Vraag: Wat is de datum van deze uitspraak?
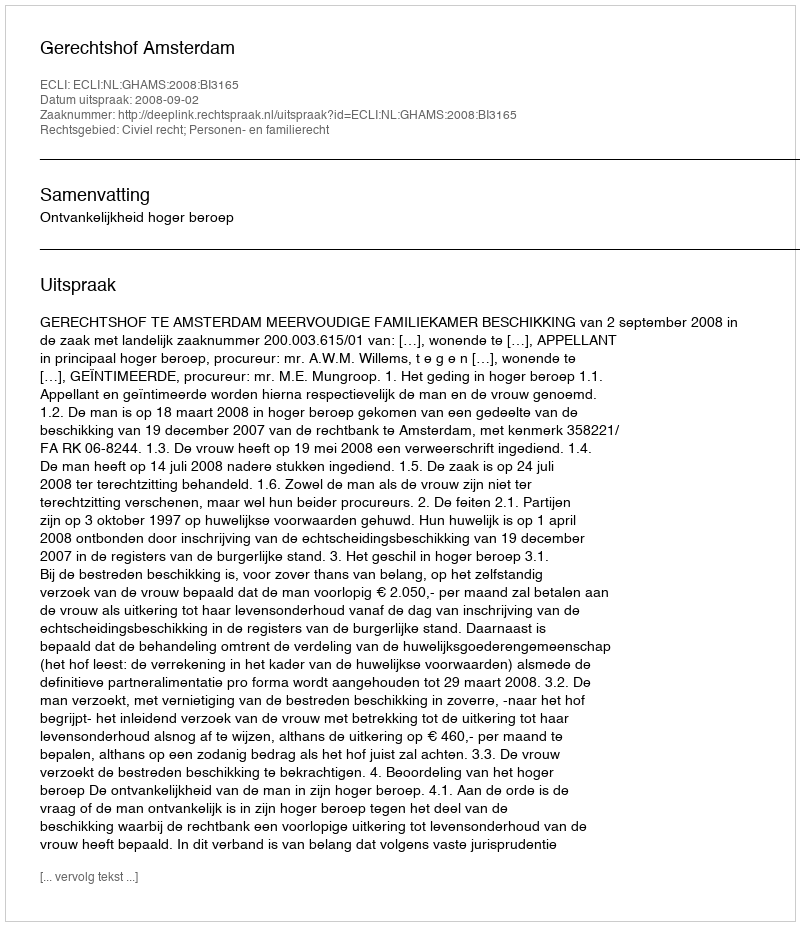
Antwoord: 2008-09-02